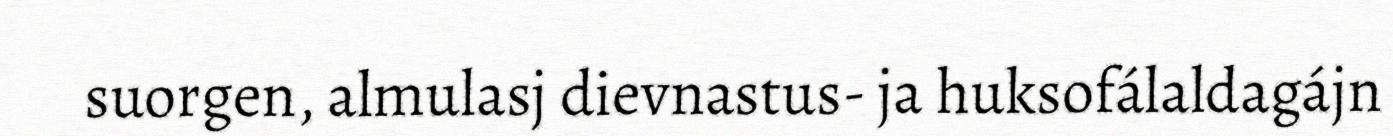
suorgen, almulasj dievnastus- ja huksofálaldagájn